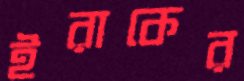
ইরাকের